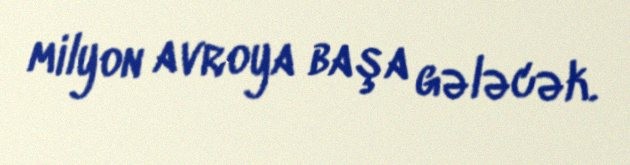
milyon avroya başa gələcək.